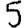
Digit: 5